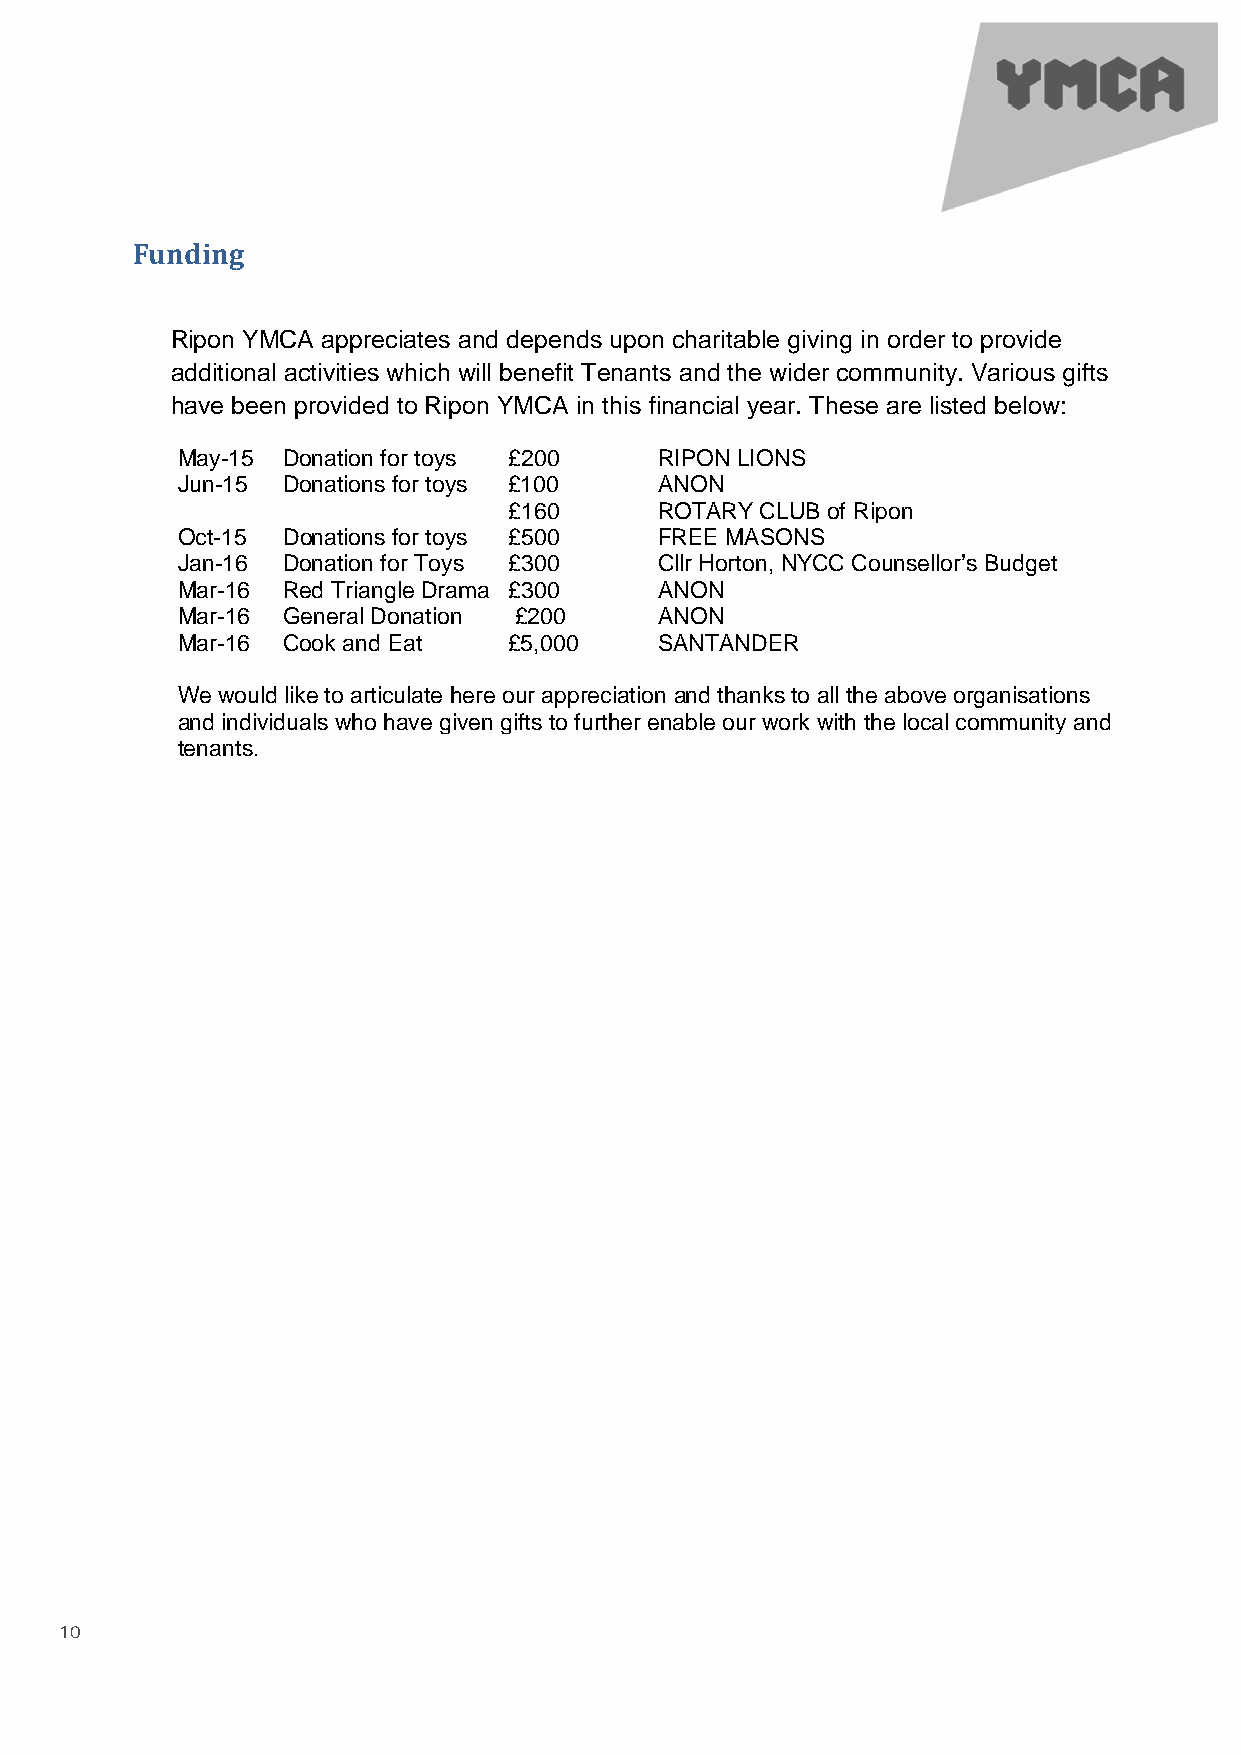
Funding
 Ripon YMCA appreciates and depends upon charitable giving in order to provide
 additional activities which will benefit Tenants and the wider community. Various gifts
 have been provided to Ripon YMCA in this financial year. These are listed below:
 May-15 Donation for toys £200   RIPON LIONS
 Jun-15 Donations for toys £100  ANON
 £160      ROTARY CLUB of Ripon
 Oct-15 Donations for toys £500  FREE MASONS
 Jan-16 Donation for Toys £300   Cllr Horton, NYCC Counsellor’s Budget
 Mar-16 Red Triangle Drama £300  ANON
 Mar-16 General Donation £200    ANON
 Mar-16 Cook and Eat   £5,000    SANTANDER
 We would like to articulate here our appreciation and thanks to all the above organisations
 and individuals who have given gifts to further enable our work with the local community and
 tenants.
 10